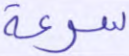
سرعة